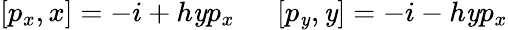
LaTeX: [p_{x},x]=-i+h\mathit{y}p_{x}\ \ \ \ \ \ [p_{\mathit{y}},\mathit{y}]=-i-h\mathit{y}p_{x}